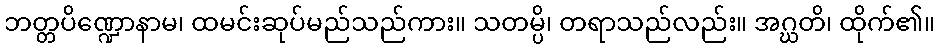
ဘတ္တပိဏ္ဍောနာမ၊ ထမင်းဆုပ်မည်သည်ကား။ သတမ္ပိ၊ တရာသည်လည်း။ အဂ္ဃတိ၊ ထိုက်၏။